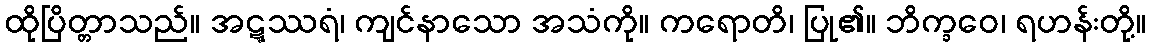
ထိုပြိတ္တာသည်။ အဋ္ဋဿရံ၊ ကျင်နာသော အသံကို။ ကရောတိ၊ ပြု၏။ ဘိက္ခဝေ၊ ရဟန်းတို့။